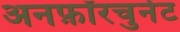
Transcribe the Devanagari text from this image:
अनफ़ॉरचुनेट